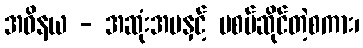
အဝိနယ - အဆုံးအမနှင့် မစပ်ဆိုင်တဲ့စကား၊